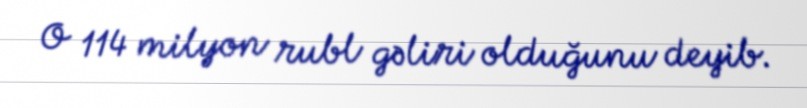
O 114 milyon rubl gəliri olduğunu deyib.